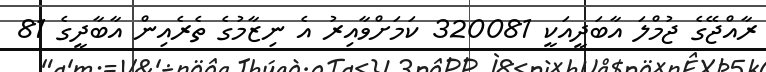
ރާއްޖޭގެ ޖުމްލަ އާބަދީއަކީ 320081 ކަމަށްވާއިރު އެ ނިޒާމުގެ ތެރެއިން އާބާދީގެ 81